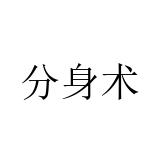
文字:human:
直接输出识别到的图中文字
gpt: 分身术